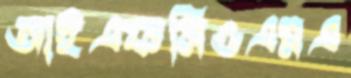
আইএফসিওএমএ